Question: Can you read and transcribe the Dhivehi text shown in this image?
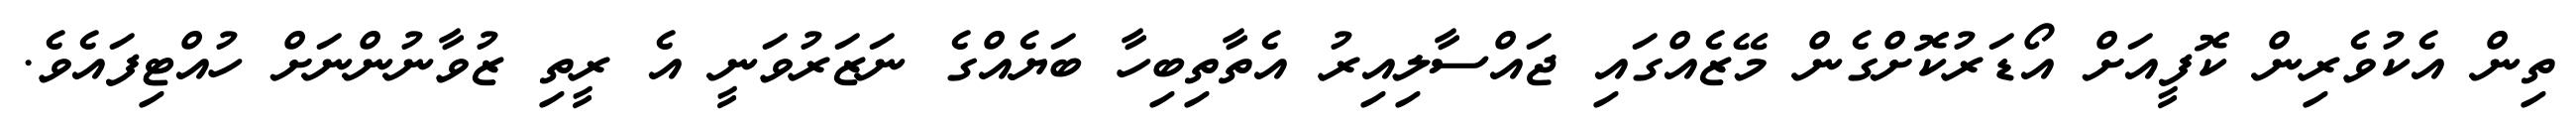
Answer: ތިން އެކުވެރިން ކޮފީއަށް އޯޑަރުކޮށްގެން މޭޒެއްގައި ޖައްސާލިއިރު އެތާތިބިހާ ބަޔެއްގެ ނަޒަރުވަނީ އެ ރީތި ޒުވާނުންނަށް ހުއްޓިފައެވެ.